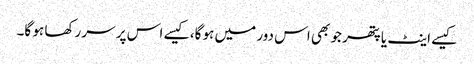
کیسے اینٹ یا پتھر جو بھی اس دور میں ہو گا، کیسے اس پر سر رکھا ہو گا۔